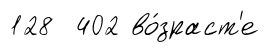
128 402 во́зраст'е